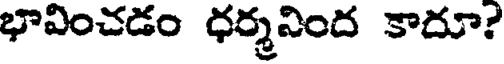
భావించడం ధర్మనింద కాదూ?